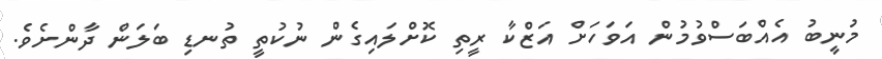
މުނީބު އެއްބަސްވުމުން އަވަހަށް އަޒްކާ ރީތި ކޮށްލައިގެން ނުކުތީ ތުނޑި ބަލަން ދާންށެވެ.